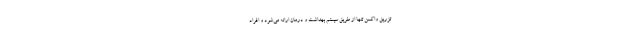
تزریق واکسن تنها از طریق سیستم بهداشت و درمان ارائه می‌شود و افراد